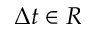
\Delta t \in R